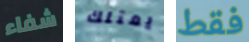
شفاء يمتلك فقط